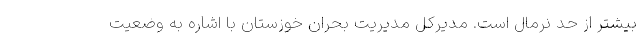
بیشتر از حد نرمال است. مدیرکل مدیریت بحران خوزستان با اشاره به وضعیت